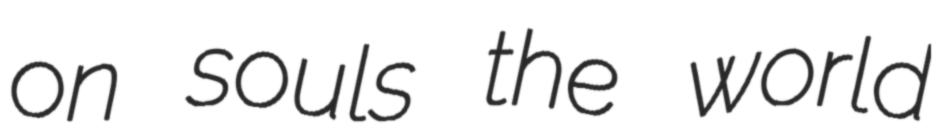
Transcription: on souls the world